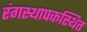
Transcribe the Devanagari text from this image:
रंगस्थापकस्थित